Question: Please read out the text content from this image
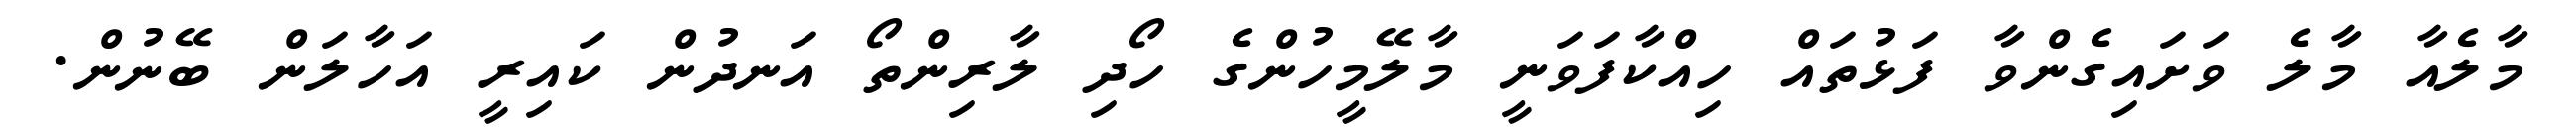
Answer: މާލެއާ މާލެ ވަށައިގެންވާ ފަޅުތައް ހިއްކާފަވަނީ މާލޭމީހުންގެ ހޯދި ލާރިންތޯ އަނދުން ކައިރީ އަހާލަން ބޭނުން.